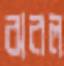
ঝরল